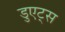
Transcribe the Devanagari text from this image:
डुएट्स